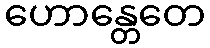
ဟောန္တေတေ